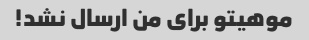
موهیتو برای من ارسال نشد! ‌